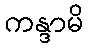
ကန္ဒာမိ